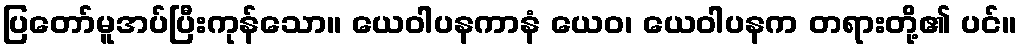
ပြတော်မူအပ်ပြီးကုန်သော။ ယေဝါပနကာနံ ယေဝ၊ ယေဝါပနက တရားတို့၏ ပင်။